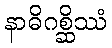
နာဓိဂစ္ဆိဿံ